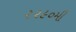
૨૨૯૦મી